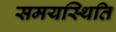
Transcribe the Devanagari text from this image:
समयस्थिति